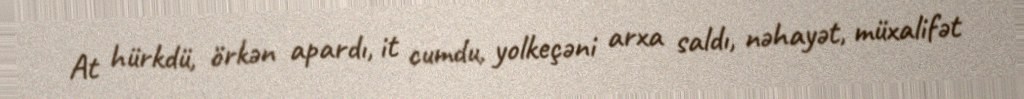
At hürkdü, örkən apardı, it cumdu, yolkeçəni arxa saldı, nəhayət, müxalifət